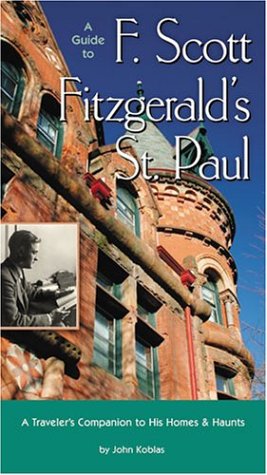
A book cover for A Guide to F Scott Fitzgeralds St Paul; John Koblas; Travel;